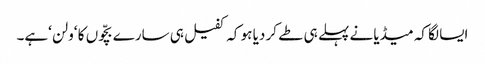
ایسا لگا کہ میڈیا نے پہلے ہی طے کر دیا ہو کہ کفیل ہی سارے بچّوں کا ‘ولن ‘ہے۔